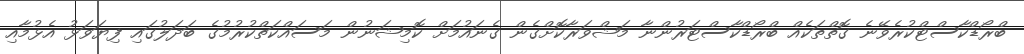
ބްރޯޑްކާސްޓްކުރެވޭނެ ގޮތްތަކެއް ބްރޯޑްކާސްޓަރުންނާ މަޝްވަރާކޮށްގެން ގެނައުމަށް ކޮމިޝަނުން މަސައްކަތްކުރުމުގެ ބަދަލުގައި ފިޔަވަޅު އެޅުމާއި